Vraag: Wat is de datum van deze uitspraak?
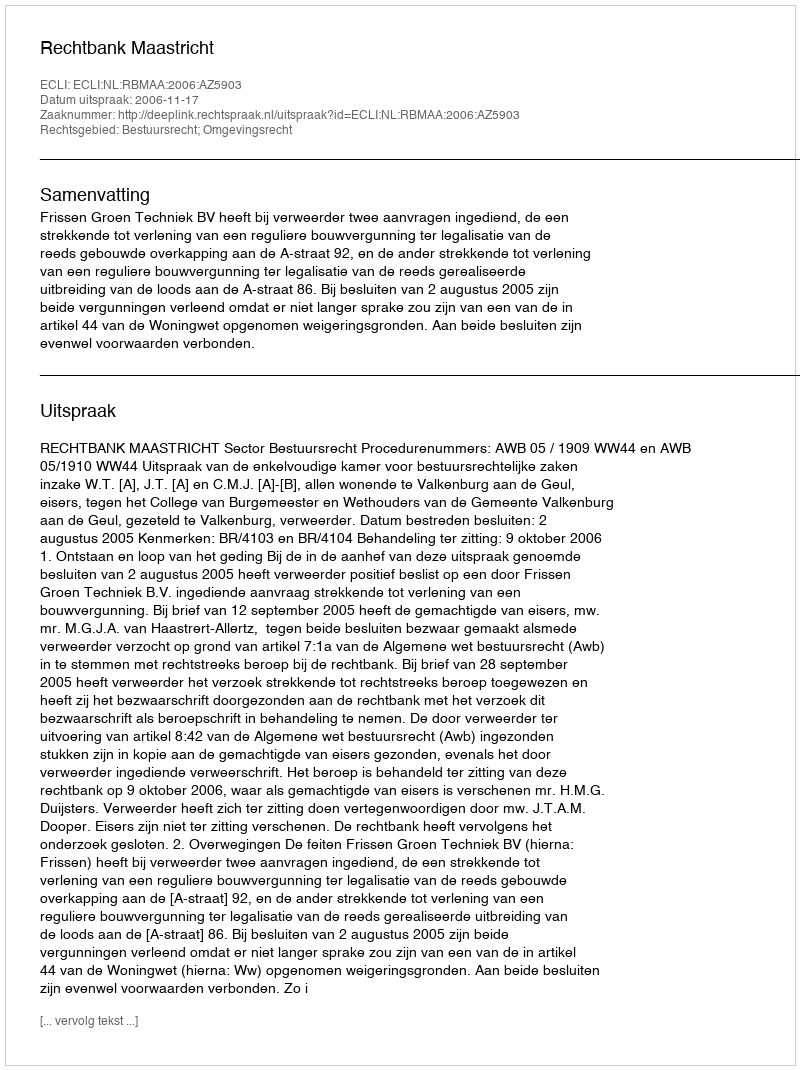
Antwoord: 2006-11-17